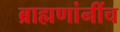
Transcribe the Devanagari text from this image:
ब्राह्मणांनींच